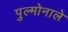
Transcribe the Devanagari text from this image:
पुल्मोनाले